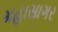
મહાસાગર